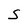
Character: S